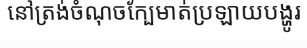
នៅត្រង់ចំណុចក្បែមាត់ប្រឡាយបង្ហូរ